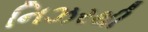
નિઝરથી